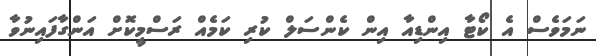
ނަމަވެސް އެ ކޯޓާ އިންޑިއާ އިން ކެންސަލް ކުރި ކަމެއް ރަސްމީކޮށް އަންގާފައިނުވާ